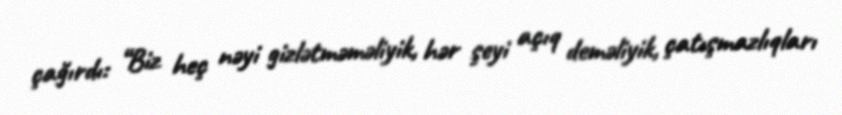
çağırdı: “Biz heç nəyi gizlətməməliyik, hər şeyi açıq deməliyik, çatışmazlıqları